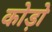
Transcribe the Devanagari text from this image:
कोड़ो